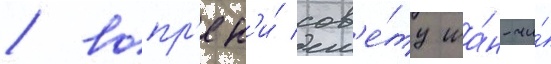
/ вопр'ек'и́ сов'е́ту ша́н-чи́